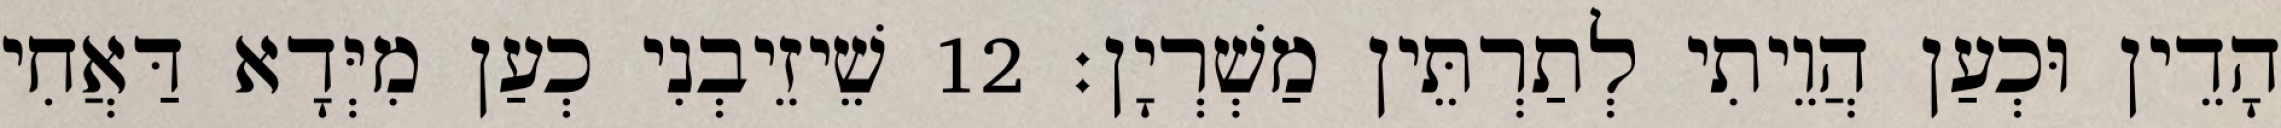
הָדֵין וּכְעַן הֲוֵיתִי לְתַרְתֵּין מַשְׁרְיָן׃ 12 שֵׁיזֵיבְנִי כְעַן מִיְּדָא דַּאֲחִי